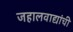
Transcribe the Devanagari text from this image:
जहालवाद्यांची